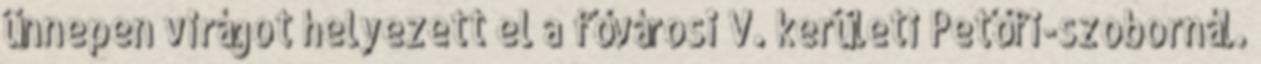
ünnepen virágot helyezett el a fővárosi V. kerületi Petőfi-szobornál.